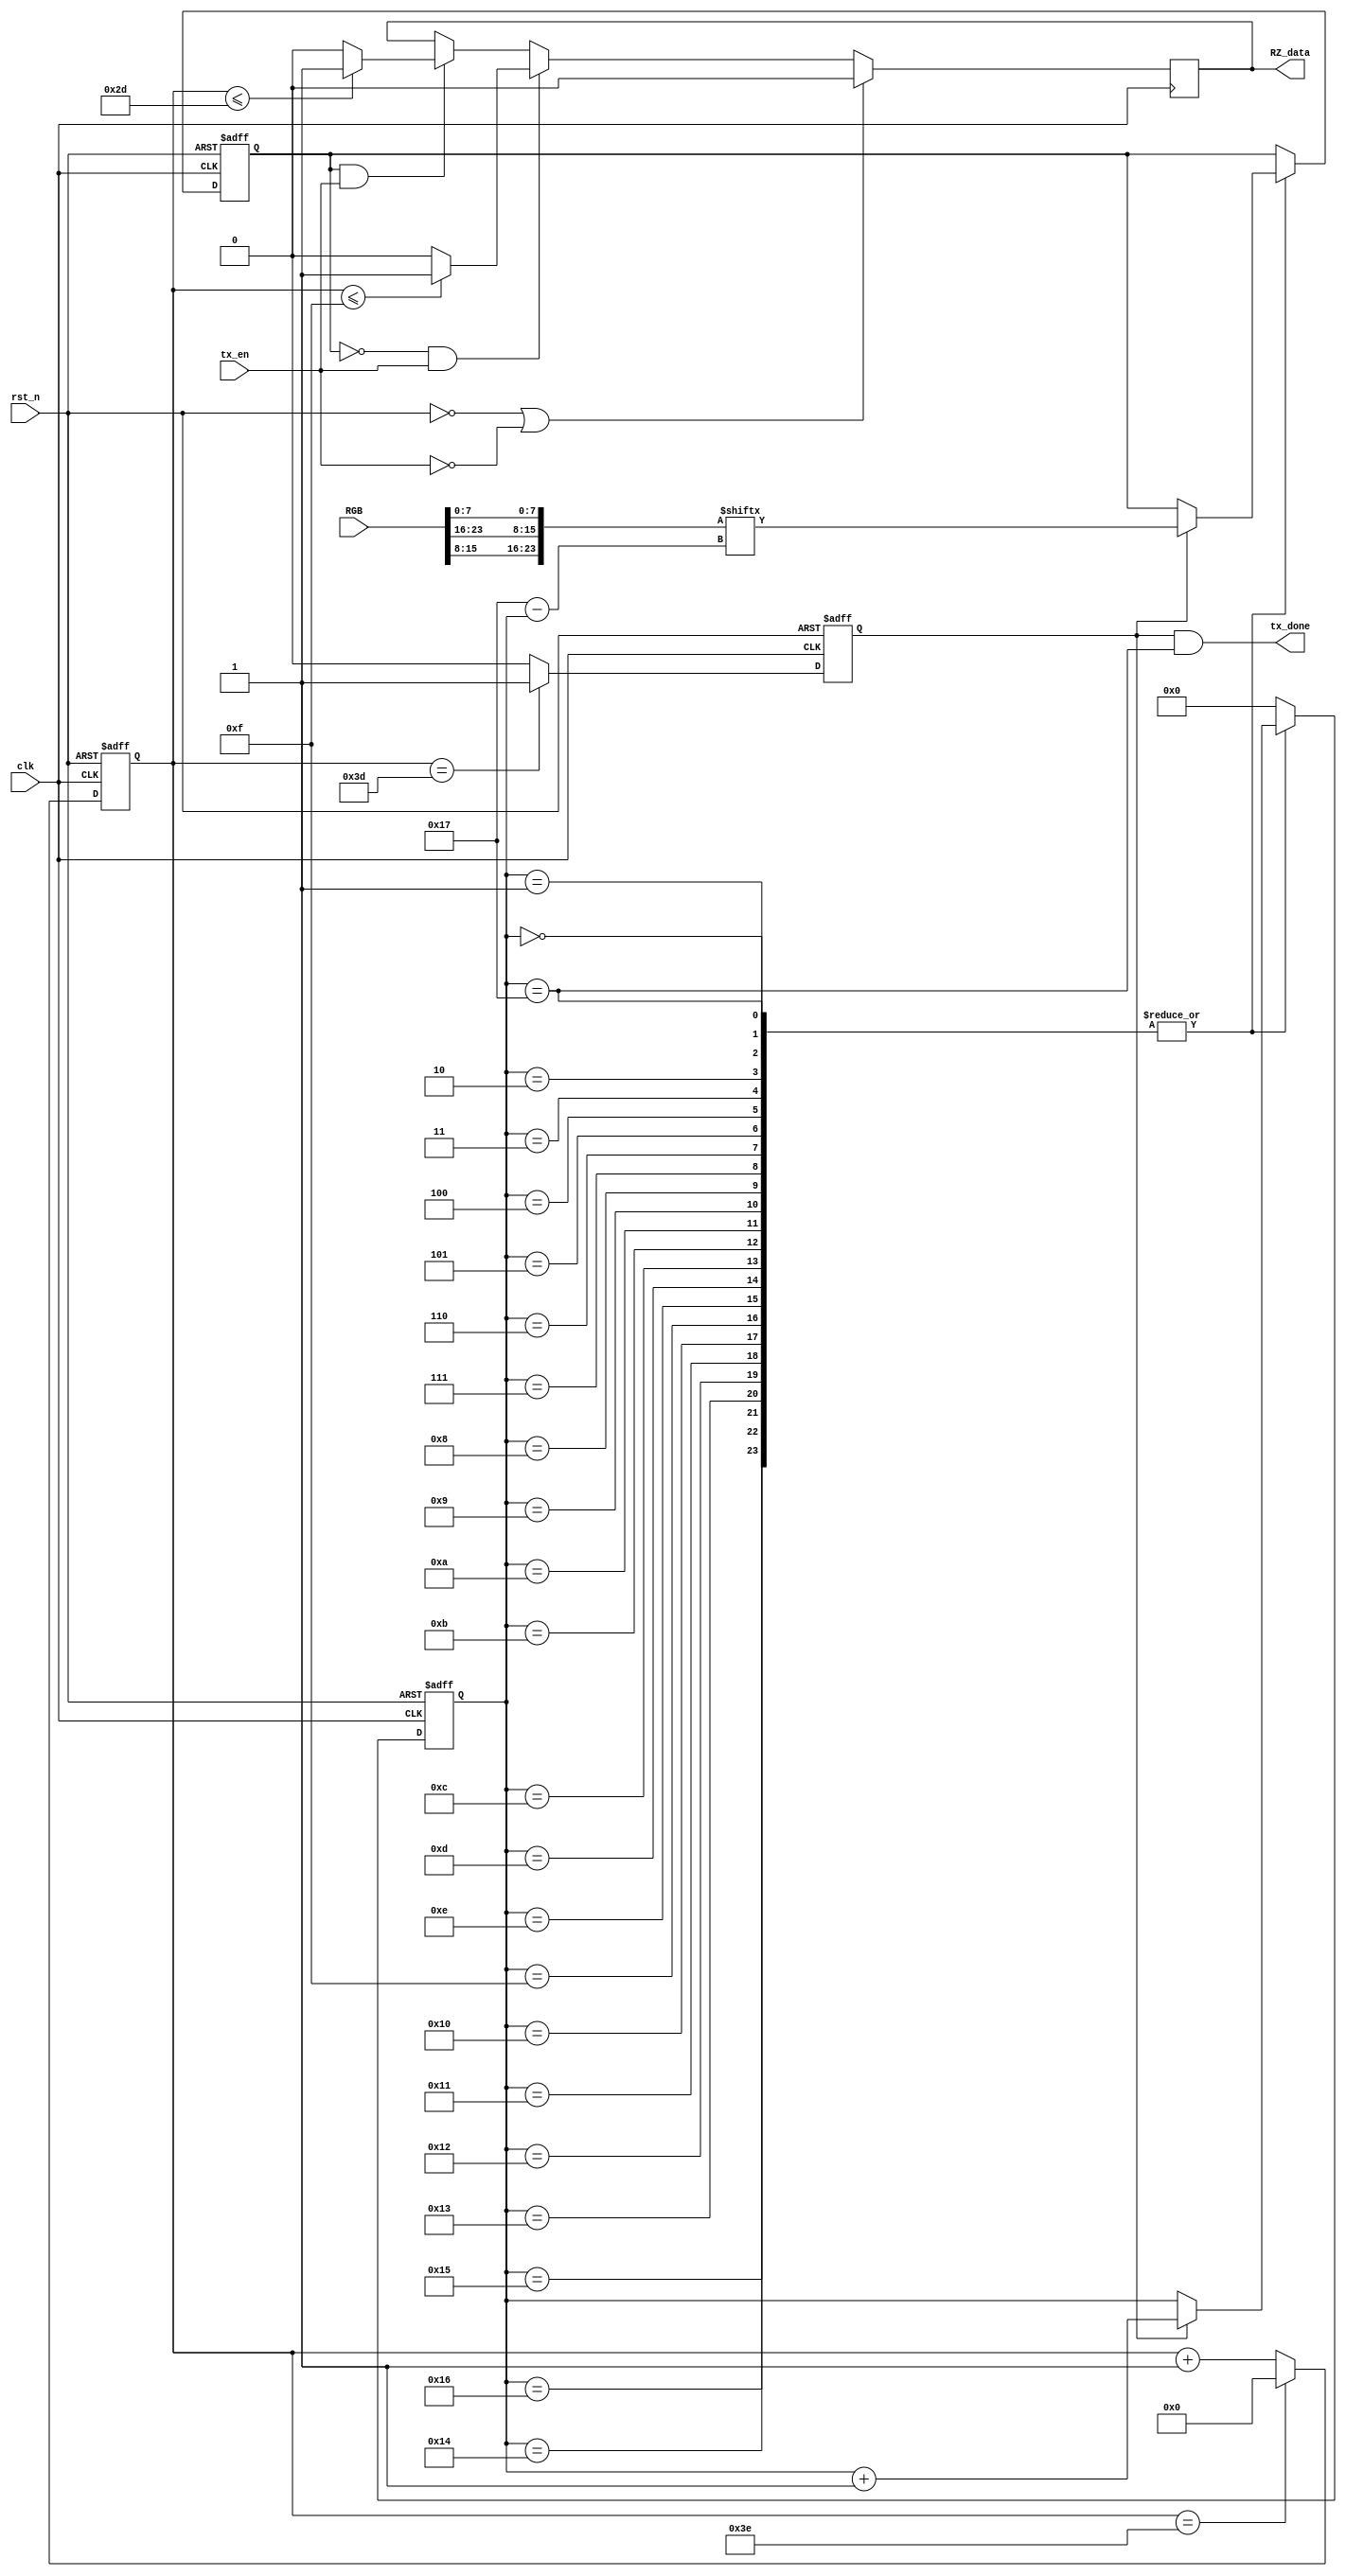
//	RGB(24bit)
//	(Return Zero Code)

module RZ_Code(
	input				clk,
	input				rst_n,
	input	[23:0]	RGB,	//GRB
	
	input	   		tx_en,	   //
   output			tx_done,		//(24bit)

	output			RZ_data
);

//---------------------------------//
wire     [23:0]  GRB;

reg 		[31:0]  cnt;		   //
reg 		[4:0]   i;			   //24bit
reg 				  symbol;		//1bit
reg 				  RGB_RZ;		//RGB
reg				  data_out;	   //

//reg 	tx_done_sig;

assign  GRB = {RGB[15:8],RGB[23:16],RGB[7:0]};

//----------------------------------------//
//----------------------------------//
always @(posedge clk or negedge rst_n) begin
	if(!rst_n)	begin
		cnt <= 0;
	end
	else if(cnt == 32'd62)	begin		//(62.5=1.25us * 50M)
		cnt <= 32'd0;
	end
	else	begin
		cnt <= cnt + 1'b1;
	end
end

always @(posedge clk or negedge rst_n) begin
	if(!rst_n)	begin
		symbol <= 0;
	end
	else if(cnt == 32'd61)	begin		//
		symbol <= 1;
	end
	else	begin
		symbol <= 0;
	end
end

//---------------------------------------//
assign	tx_done = symbol && (i == 5'd23);

//assign	tx_done = tx_done_sig;
//----------------------------//
always @(posedge clk or negedge rst_n) begin
	if(!rst_n)	begin
		i <= 0;
		RGB_RZ <= 0;
	end
	else	begin
		case (i)
		5'd0,5'd1,5'd2,5'd3,5'd4,5'd5,5'd6,5'd7,5'd8,5'd9,5'd10,5'd11,5'd12,5'd13,5'd14,5'd15,5'd16,5'd17,5'd18,5'd19,5'd20,5'd21,5'd22,5'd23:
			if(symbol)	begin
				i <= i + 1;
				RGB_RZ <= GRB[23 - i];		//
			end
			else	begin
					i <= i;
					RGB_RZ <= RGB_RZ;
				end
		  	default:	i <= 0;

		endcase
	end
end

//---------------------------------------//
//----------------------------//
always @(posedge clk ) begin
	if((!rst_n) || (!tx_en))	begin
		data_out <= 0;
	end
	else if((RGB_RZ == 0) && (tx_en == 1))	begin
		if(cnt <= 32'd15)	begin		//0.3us*50M=15
			data_out <= 1;
		end
		else	begin
			data_out <= 0;
		end
	end
	else if((RGB_RZ == 1) && (tx_en == 1))	begin
		if(cnt <= 32'd45)	begin		//0.9us*50M=45
			data_out <= 1;
		end
		else	begin
			data_out <= 0;
		end
	end
	else	begin
		data_out <= data_out;
	end
end
//-----------------------------------------//
assign	RZ_data = data_out;

endmodule